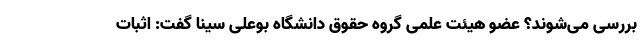
بررسی می‌شوند؟ عضو هیئت علمی گروه حقوق دانشگاه بوعلی سینا گفت: اثبات